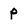
Character: p